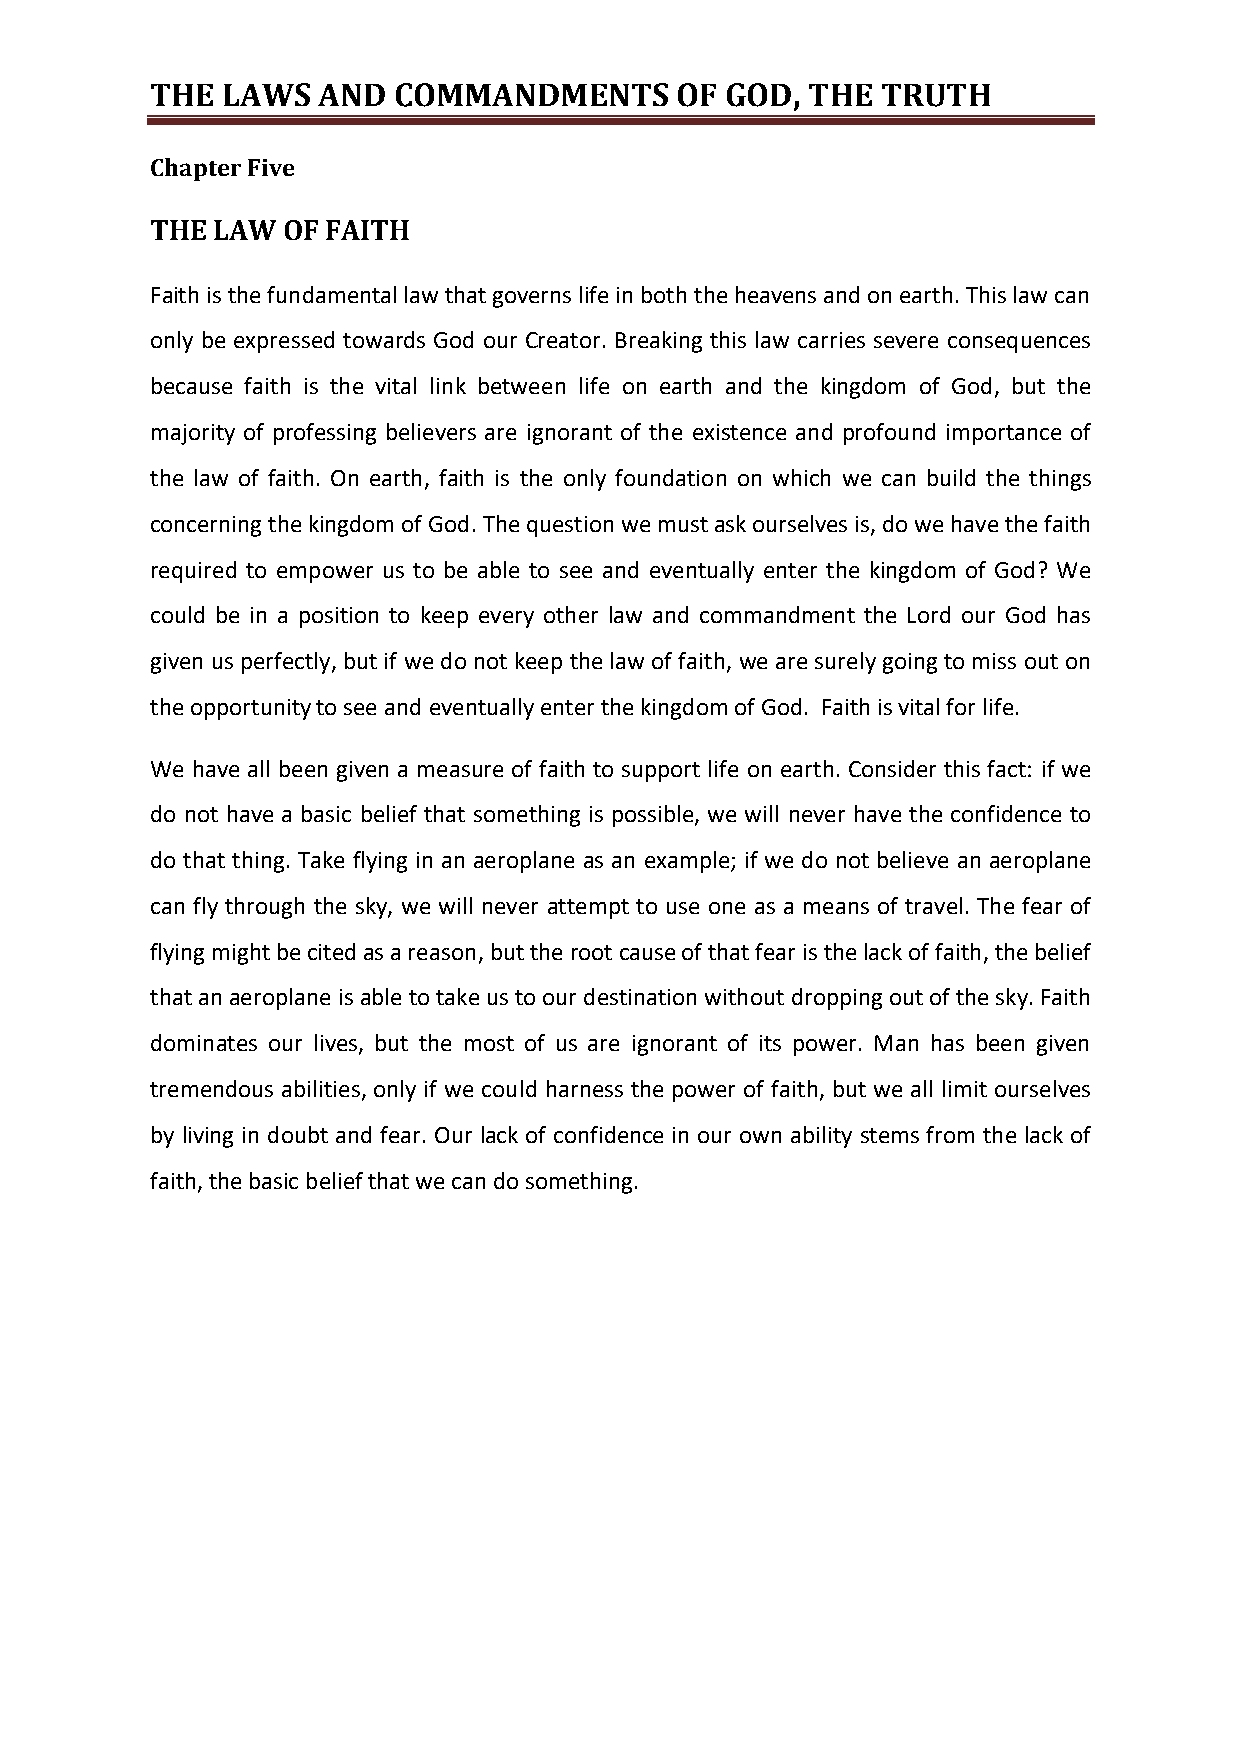
THE  LAWS  AND  COMMANDMENTS       OF GOD, THE  TRUTH
 Chapter Five
 THE LAW  OF FAITH
 Faith is the fundamental law that governs life in both the heavens and on earth. This law can
 only be expressed towards God our Creator. Breaking this law carries severe consequences
 because faith is the vital link between life on earth and the kingdom of God, but the
 majority of professing believers are ignorant of the existence and profound importance of
 the law of faith. On earth, faith is the only foundation on which we can build the things
 concerning the kingdom of God. The question we must ask ourselves is, do we have the faith
 required to empower us to be able to see and eventually enter the kingdom of God? We
 could be in a position to keep every other law and commandment the Lord our God has
 given us perfectly, but if we do not keep the law of faith, we are surely going to miss out on
 the opportunity to see and eventually enter the kingdom of God. Faith is vital for life.
 We have all been given a measure of faith to support life on earth. Consider this fact: if we
 do not have a basic belief that something is possible, we will never have the confidence to
 do that thing. Take flying in an aeroplane as an example; if we do not believe an aeroplane
 can fly through the sky, we will never attempt to use one as a means of travel. The fear of
 flying might be cited as a reason, but the root cause of that fear is the lack of faith, the belief
 that an aeroplane is able to take us to our destination without dropping out of the sky. Faith
 dominates our lives, but the most of us are ignorant of its power. Man has been given
 tremendous abilities, only if we could harness the power of faith, but we all limit ourselves
 by living in doubt and fear. Our lack of confidence in our own ability stems from the lack of
 faith, the basic belief that we can do something.
 33